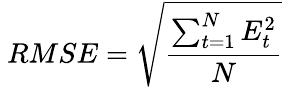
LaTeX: \ RMSE={\sqrt{\frac{\sum_{t=1}^{N}{E_{t}^{2}}}{N}}}